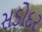
સડોદર